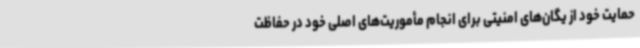
حمایت خود از یگان‌های امنیتی برای انجام مأموریت‌های اصلی خود در حفاظت